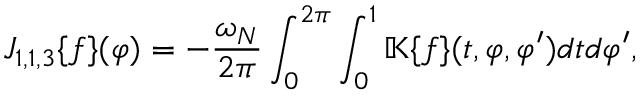
J _ { 1 , 1 , 3 } \{ f \} ( \varphi ) = - \frac { \omega _ { N } } { 2 \pi } \int _ { 0 } ^ { 2 \pi } \int _ { 0 } ^ { 1 } \mathbb { K } \{ f \} ( t , \varphi , \varphi ^ { \prime } ) d t d \varphi ^ { \prime } ,